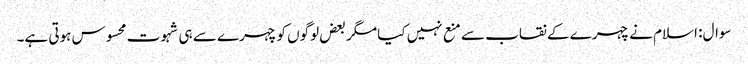
سوال: اسلام نے چہرے کے نقاب سے منع نہیں کیا مگر بعض لوگوں کو چہرے سے ہی شہوت محسوس ہوتی ہے۔